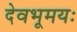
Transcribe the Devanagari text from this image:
देवभूमयः